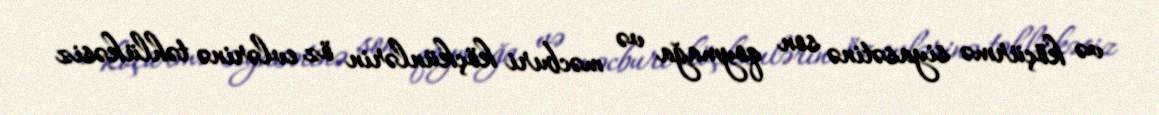
və köçürmə siyasətinə son qoymağa və məcburi köçkünlərin öz evlərinə təhlükəsiz